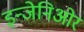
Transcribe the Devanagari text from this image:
इन्जेनिओर